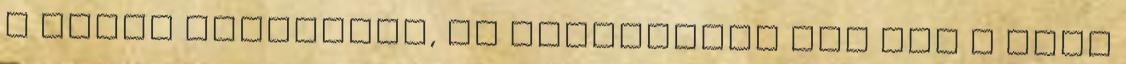
a lenti adatlapot, és feltételen add meg a kért